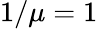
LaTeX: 1/\mu=1